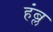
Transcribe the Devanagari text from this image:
हंब्ल